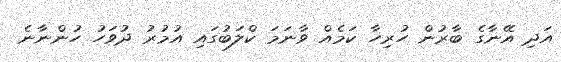
އަދި އޭނާގެ ބާރުން ހުރިހާ ކަމެއް ވާނަމަ ކްލަބުގައި އުމުރު ދުވަހު ހުންނާނެ